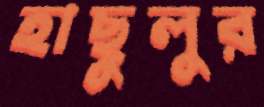
হাছুলুর